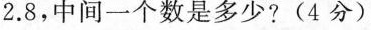
2.8，中间一个数是多少?(4分)